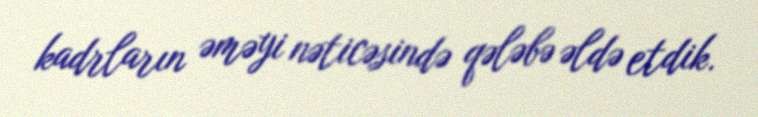
kadrların əməyi nəticəsində qələbə əldə etdik.